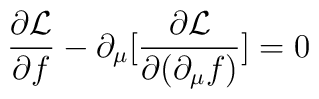
\frac{\partial {\cal L}}{\partial f}- \partial_{\mu} [\frac{\partial {\cal L}}{\partial (\partial_\mu f)}] = 0